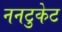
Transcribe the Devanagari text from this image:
ननटुकेट